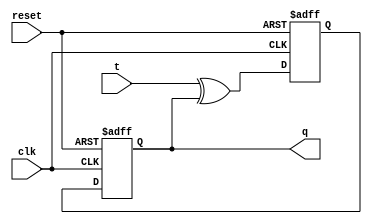
module t_ff (input wire clk, input wire reset, input wire t,
                      output reg q);

   // D flip-flop
   reg d;
   always @ (posedge clk or negedge reset)
   begin
      if (reset == 0)
         d <= 0;
      else
         d <= t ^ q; // XOR gate
   end

   // Output Q
   always @ (posedge clk or negedge reset)
   begin
      if (reset == 0)
         q <= 0;
      else
         q <= d;
   end

endmodule